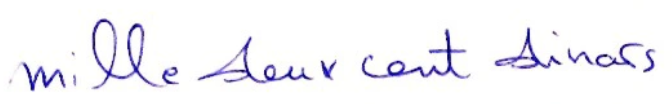
mille deux cent dinars